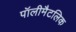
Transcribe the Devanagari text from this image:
पॉलीमैटलिक